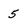
Character: 5